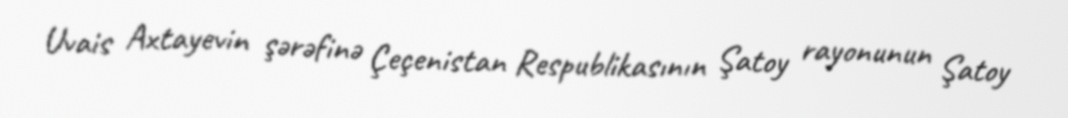
Uvais Axtayevin şərəfinə Çeçenistan Respublikasının Şatoy rayonunun Şatoy